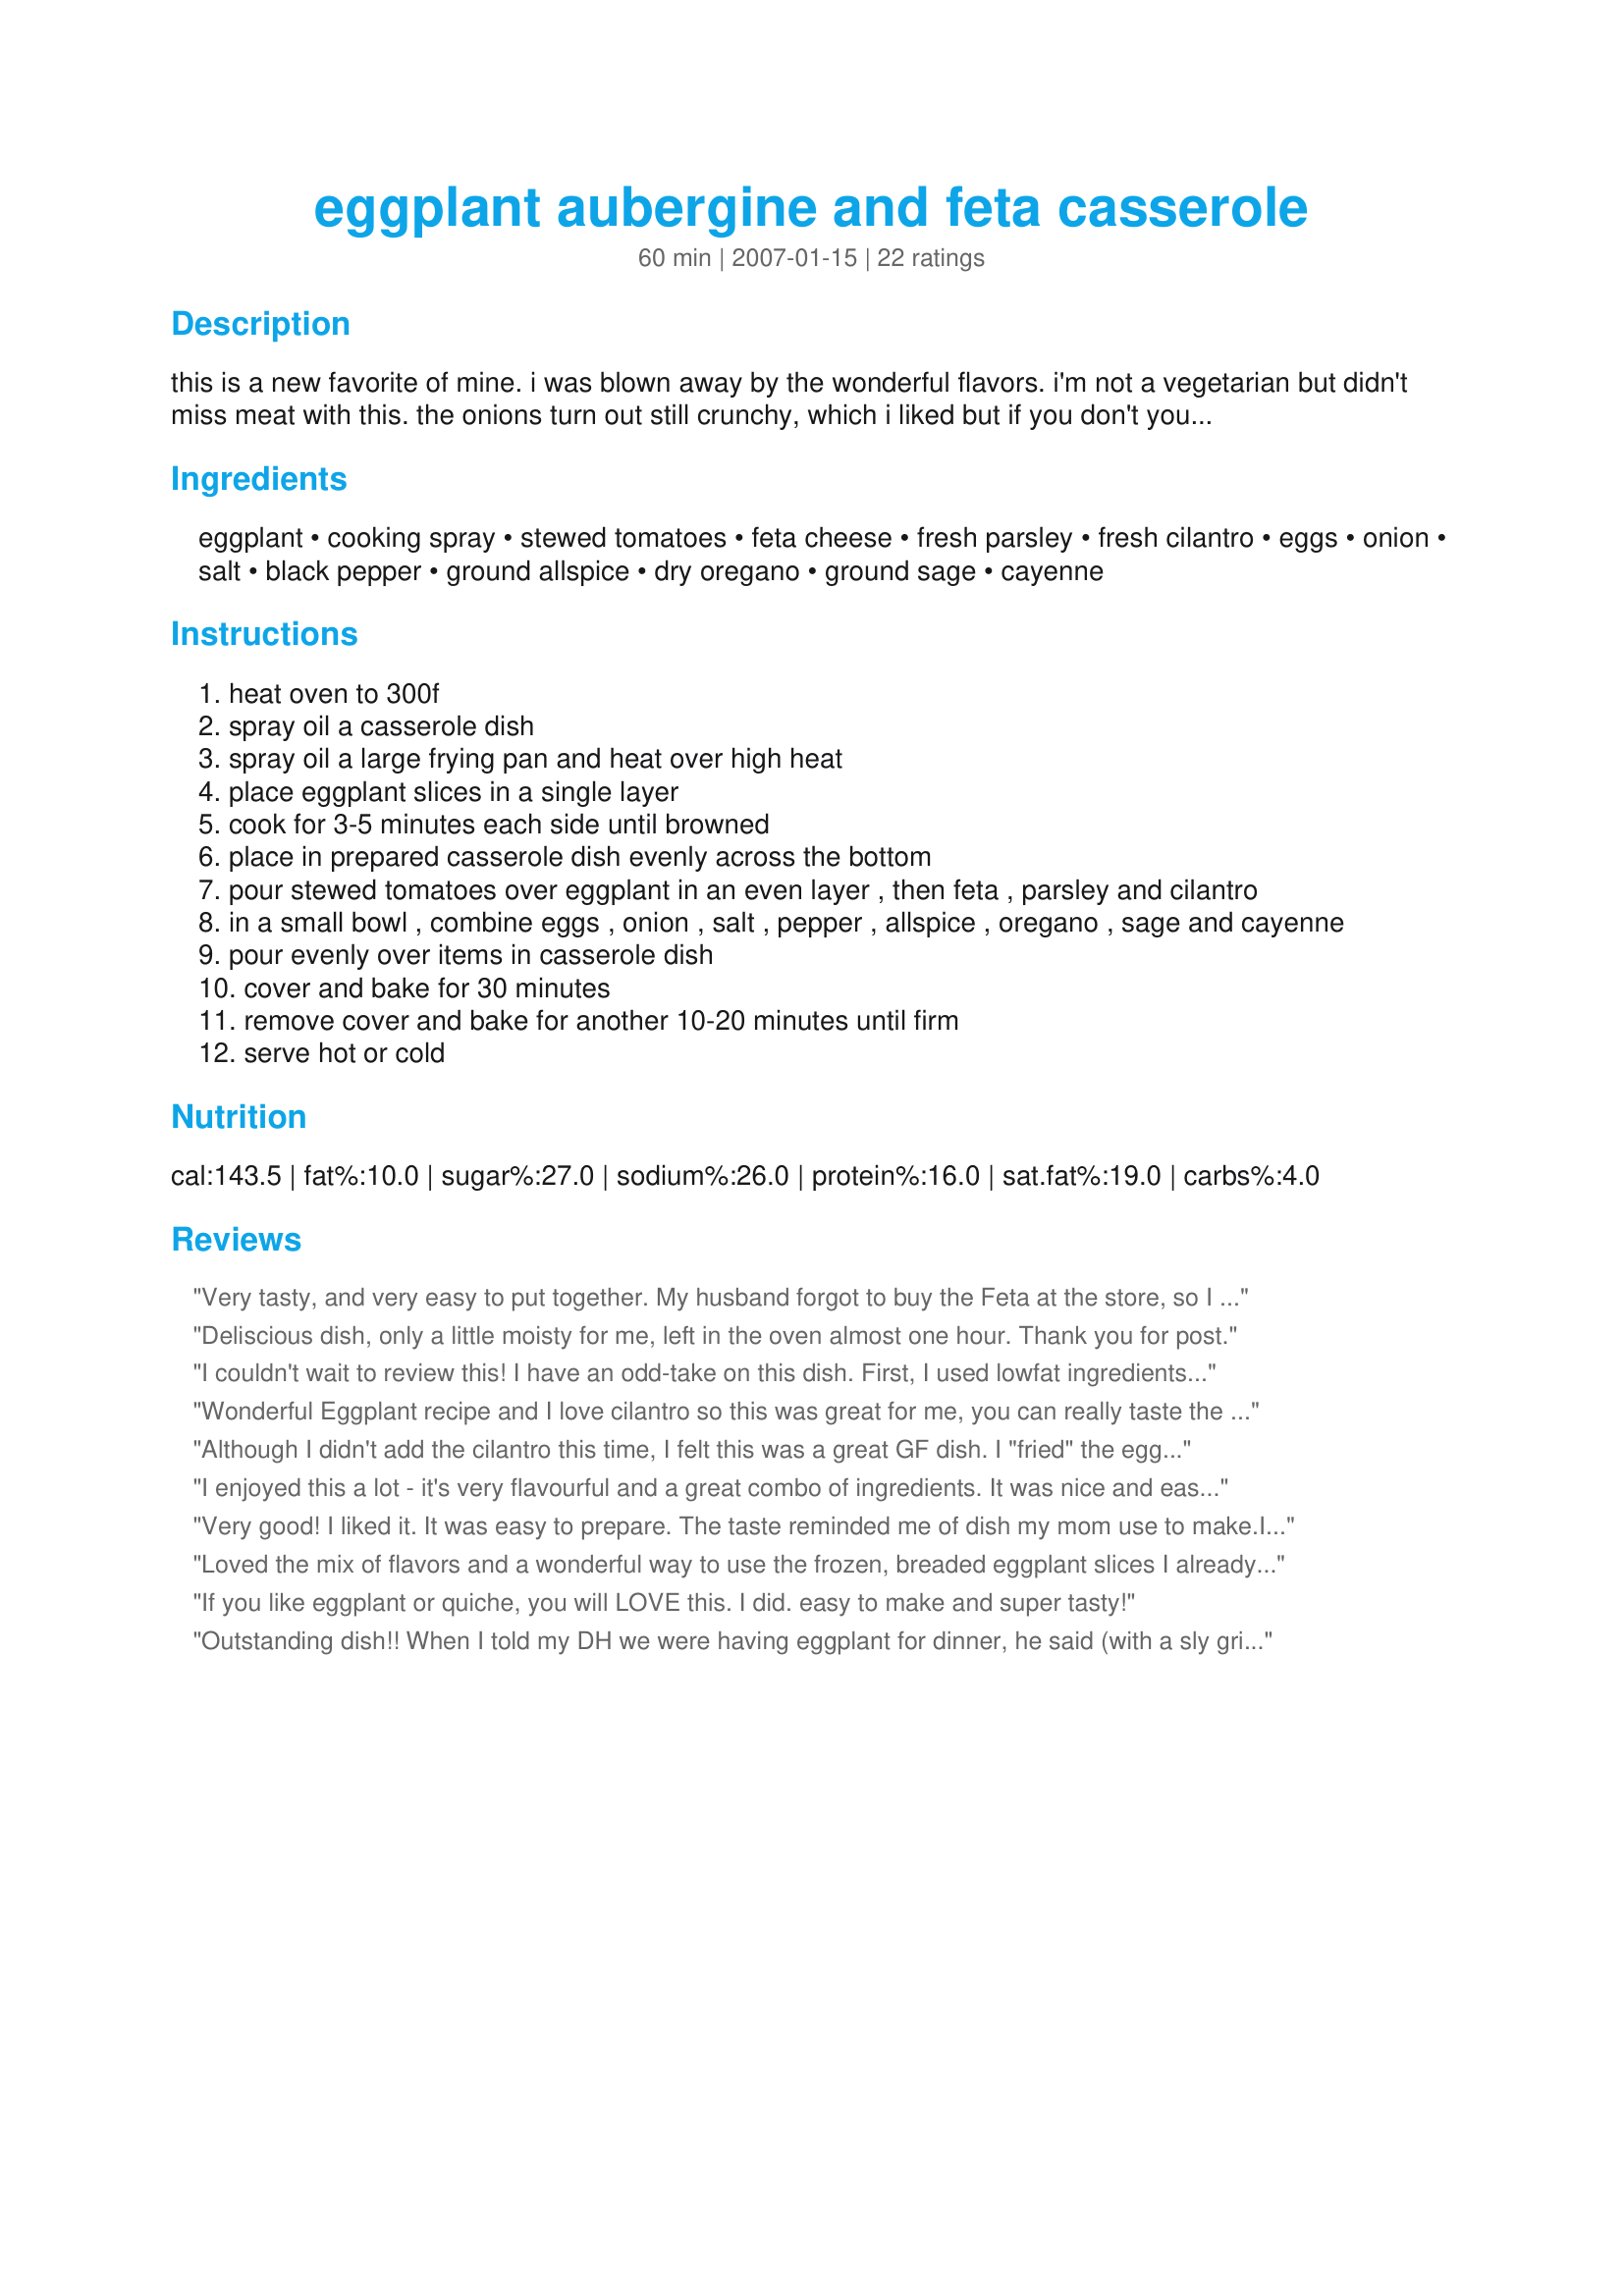
eggplant aubergine and feta casserole
Preparation time: 60 minutes

this is a new favorite of mine. i was blown away by the wonderful flavors. i'm not a vegetarian but didn't miss meat with this. the onions turn out still crunchy, which i liked but if you don't you might try sautéing them in a little oil first.

Ingredients:
eggplant, cooking spray, stewed tomatoes, feta cheese, fresh parsley, fresh cilantro, eggs, onion, salt, black pepper, ground allspice, dry oregano, ground sage, cayenne

Steps:
heat oven to 300f
spray oil a casserole dish
spray oil a large frying pan and heat over high heat
place eggplant slices in a single layer
cook for 3-5 minutes each side until browned
place in prepared casserole dish evenly across the bottom
pour stewed tomatoes over eggplant in an even layer , then feta , parsley and cilantro
in a small bowl , combine eggs , onion , salt , pepper , allspice , oregano , sage and cayenne
pour evenly over items in casserole dish
cover and bake for 30 minutes
remove cover and bake for another 10-20 minutes until firm
serve hot or cold

Reviews:
Very tasty, and very easy to put together. My husband forgot to buy the Feta at the store, so I used a combination of mozzarella and parmesan. Definitely would have been better with the Feta, but it was still tasty. I would not categorize this as a main dish, but if you added grilled chicken strips or something like that, it could serve as a meal. I think the key ingredient is the fresh cilantro. It adds such a wonderfully bright flavor!
Deliscious dish, only a little moisty for me, left in the oven almost one hour. Thank you for post.
I couldn't wait to review this! I have an odd-take on this dish. First, I used lowfat ingredients and had to sub with dried herbs which I would easily do again. More interesting: I actually found this dish to be good served immediately.. but *outstanding* when chilled and served as a cold-salad of sorts the following day! What a great side dish for a warm-summer evening to jazz up a grilled chicken.
Wonderful Eggplant recipe and I love cilantro so this was great for me, you can really taste the flavour. Thanks for posting!
Although I didn't add the cilantro this time, I felt this was a great GF dish. I "fried" the eggplant in the oven at 450 degrees after spritzing the slices with oil and putting them on parchement paper. If you cook the casserole covered for more time (I did 40 minutes), then the onions are not crunchy.
I enjoyed this a lot - it's very flavourful and a great combo of ingredients. It was nice and easy to make and the directions were spot on. This isn't quite 5 star for me because personally I felt it was a little too tomatoey. I couldn't find stewed tomatoes so used regular canned (as previous reviewers have) and, while I don't think this would really have affected the taste, I wonder if I shouldn't have drained them first as it was very watery and, as I say, a bit overpowering. I'll probably make this again but I'll be making a couple of amendments. Thanks Engrossed!
Very good! I liked it. It was easy to prepare. The taste reminded me of dish my mom use to make.It was nice to eat warm, but even better cold.
When warm the taste of onion is little bit overpowering, but I didn't mind, because I like onions.
Day after, eating it cold, it was much better, since all flavors just blended wonderfully.
And it's very nice looking dish, too.
Loved the mix of flavors and a wonderful way to use the frozen, breaded eggplant slices I already have in my freezer! I also precooked the onions a bit first. Even using petite diced canned tomatoes, it was wonderful! Will definately make again!
If you like eggplant or quiche, you will LOVE this. I did. easy to make and super tasty!
Outstanding dish!! When I told my DH we were having eggplant for dinner, he said (with a sly grin) "I'm allergic to eggplant"......NOT!! He just THOUGHT he didn't like eggplant until he tried this wonderful dish. A perfect blend of flavors. I can't wait to make it again, it was thoroughly enjoyed!
Oh boy this was good! I used fresh tomatoes roughly cut and omitted the cilantro, did not have. This dish kind of reminded me of frittata, but without so much egg. I was a bit leery of the spice mixture, but it was really good. Be careful with the sage, it can overpower a dish
This is the first time I have tried eggplant and I must say that this is a fantastic dish! I did add four eggs instead of three as it didn't seem like it would be enough to cover - I am glad that I did. Other than that I didn't change anything, although next time I think I will add some garlic to this very Italian tasting dish. Thanks for making my first time eating eggplant a less scary prospect!
I love this. I found it a great recipe to bring to a potluck.
Wow! A great new way to fix eggplant! Those fresh herbs and feta really give this casserole spectacular flavor. My eggplants were the very long, slender chinese eggplants, so I used 3 of them for this recipe. I may have gone a little heavier on the feta ;) but otherwise followed the recipe exactly. Thanx for posting this. It's a real keeper!
Brought this to a collaborative supper with our neighbors, and we all enjoyed it very much. I did saute the onions a little to soften them first. Great combination of herbs and spices!
I'm a great fan of the combination of eggplant and tomatoes, but this was a new and unusual combination of seasonings for me. It was truly declicious. (I used canned diced tomatores rather than stewed, but I doubt that changed the taste experience much.)
WOW! I was completely suprised. This was just like a quiche without the crust. Used everything to exact measurements, but I think I will use a white or yellow onion next time as it was a little overpowering with the red onion. Thanks!
This was really good! I am not a fan of cilantro so I omitted and I used a can of crushed tomatoes, everything else I kept the same and it was awesome. I did think it was a little heavy on the onion but it was still great. Thanks for posting!
Delicious! I followed the recipe exact except I could not find fresh cilantro this time of year in Alaska so I used dried. Even my husband who doesn't care for eggplant ate it and liked it. Easy to put together, wonderful blend of flavors. Another winner!
Yum! This is so so so good! I left out the cilantro because I don't care for it, everything else was the same. I'll be making this again for sure! Thank you!
We made this casserole for dinner tonight and liked it. It is not difficult to prepare and worked well as a weeknight meal. I served with an arugula salad with feta cheese and pomegranate-infused balsamic vinegar (purchased at Fustinis in Traverse City). I liked that this had a subtle spicy flavor. While we liked it, we didn't love it. Thanks for a quick, easy, veggie meal.
Pretty tasty way to make eggplant! I loved all the fresh herbs and spices. It reminds me a lot of a frittata with the egg baking on top. Very light and fresh! I added a jalapeno to spice it up and my boyfriend loved it! It did take awhile to get the egg mixture to set...probably at least an hour.
